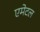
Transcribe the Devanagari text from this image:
एमेटल